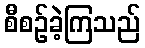
စီစဉ်ခဲ့ကြသည်